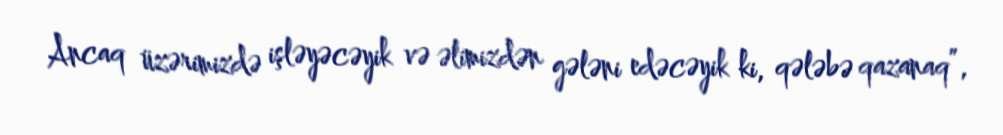
Ancaq üzərimizdə işləyəcəyik və əlimizdən gələni edəcəyik ki, qələbə qazanaq”,